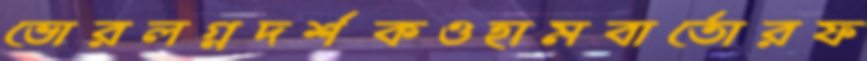
ভোরলগ্নদর্শকওহামবার্তোরফ